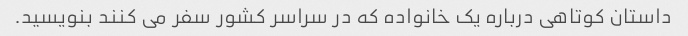
داستان کوتاهی درباره یک خانواده که در سراسر کشور سفر می کنند بنویسید.